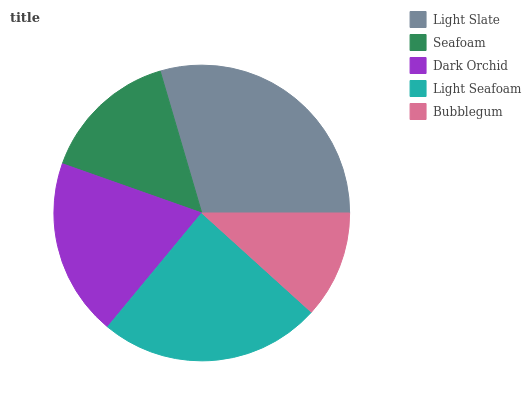
| Light Slate | Seafoam | Dark Orchid | Light Seafoam | Bubblegum |
 | --- | --- | --- | --- | --- |
 | 29.6% | 15% | 19.4% | 24.3% | 11.7% |